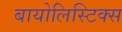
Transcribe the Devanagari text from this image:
बायोलिस्टिक्स